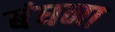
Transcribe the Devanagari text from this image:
बंधना